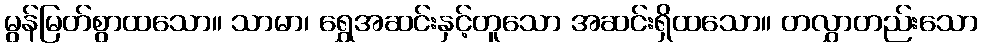
မွန်မြတ်စွာထသော။ သာမာ၊ ရွှေအဆင်းနှင့်တူသော အဆင်းရှိထသော။ တလွှာတည်းသော